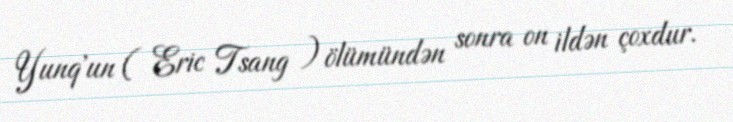
Yunq'un ( Eric Tsang ) ölümündən sonra on ildən çoxdur.